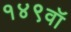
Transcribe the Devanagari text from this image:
१४९वॉ